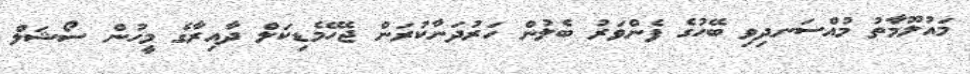
މައުލޫމާތު މުއްސަނދިވި ބޭހުގެ ފެންވަރު ބެލުން ހަރުދަނާކުރަން ޖެހޭމެޑިކަލް ދާއިރާގެ މީހުން ސޯޝަލް